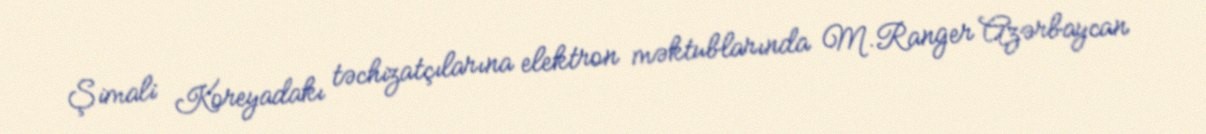
Şimali Koreyadakı təchizatçılarına elektron məktublarında M.Ranger Azərbaycan